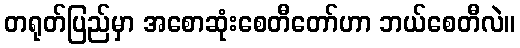
တရုတ်ပြည်မှာ အစောဆုံးစေတီတော်ဟာ ဘယ်စေတီလဲ။